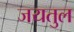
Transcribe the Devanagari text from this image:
जयतुल